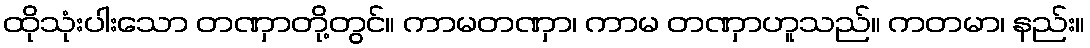
ထိုသုံးပါးသော တဏှာတို့တွင်။ ကာမတဏှာ၊ ကာမ တဏှာဟူသည်။ ကတမာ၊ နည်း။